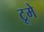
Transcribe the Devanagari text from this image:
टूमे